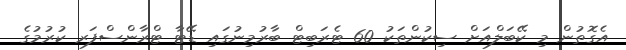
އެގޮތުން މި ކޭބަލްއަށް ސިކުންތަކު 60 ޓެރަބިޓް ބާރުމިނުގައި ޑޭޓާ ޓްރާންސްފަރ ކުރުމުގެ